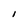
Character: l